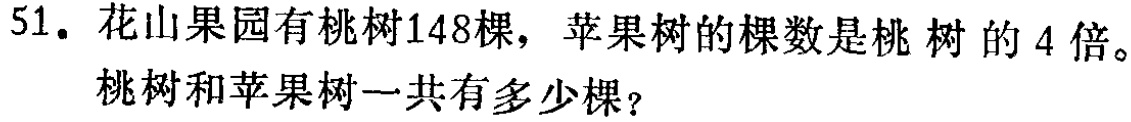
51. 花山果园有桃树148棵，苹果树的棵数是桃树的4倍。桃树和苹果树一共有多少棵？